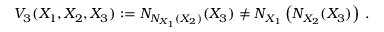
V _ { 3 } ( X _ { 1 } , X _ { 2 } , X _ { 3 } ) : = N _ { N _ { X _ { 1 } } ( X _ { 2 } ) } ( X _ { 3 } ) \not = N _ { X _ { 1 } } \left( N _ { X _ { 2 } } ( X _ { 3 } ) \right) \, .